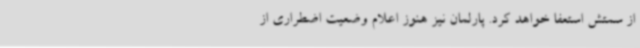
از سمتش استعفا خواهد کرد. پارلمان نیز هنوز اعلام وضعیت اضطراری از